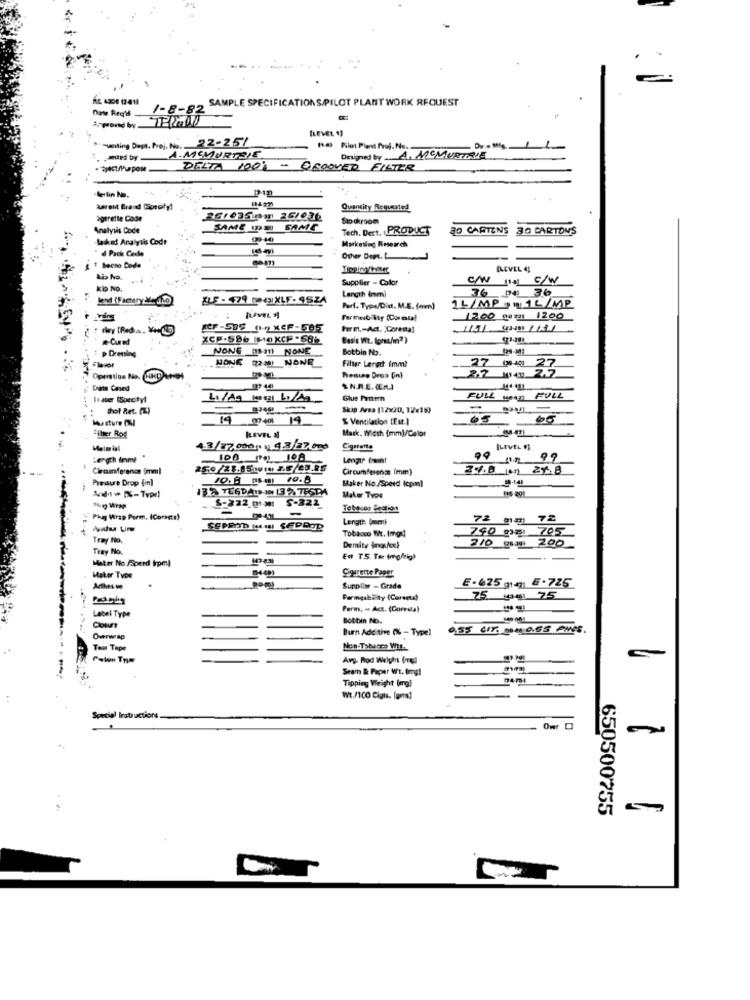
SAMPLE SPECIFICATIONS PILOT PLANT WORK REQUEST
Dante Req'd
1-8-82
[LEVEL 1]
-uiting Dept. Prej. No. 22-25/
22-257
14 Pilot Pient Proj. No.
.mited by-
A.MEMURTZIE
Designed by A. MEMURTALE
DELTA 100% - ESCOVER FILTER
Berlin No.
kerent Brand (orcity!
Quantity Requested
agerette Code
2610350m 26/036
Sto okroom
Analysis Code
SAME IDE SAME
Tech. Dert, PRODUCT
BO CARTENS
30 CARTONS
lasket Analysis Code
d Pack Cede
Marketing Research
Other Dept.L
LEVEL 4]
kis No.
Supplier - Color
C/W ng C/W
kip No.
Length (nm)
36 D4 36
lend (Factory &. io)
BLE - 79 NOIXLF - 4524
Perf. Type/Did. M.E. (am)
1L/MP.11L/MP
[LAVEL $)
Fermeibility (Con olaf
1200 go :) 1200
KF-505 0XCF-595
Per m .- Act. )Corestal
JEGmap1
.- Cured
XCP.596 MO XCF-662
Basis Vit. (orss/m2 )
: p Dressing
NONG (1521) NONE
Botbin No.
HONE (2-4) NONE
Filter Lerød: imm!
27
po 400 33
Operstics No. HHD
2.2 (140 2.7
Date Cased
SN.R.E. Cna
Issoer (Specityl
Glue Partern
FULL woon FULL
thol Ret. (1)
Skip Area [12x20, 12<15)
-
Mussture DU
19 8740
14
% Ventilacion [Eur.]
05
. -
Mask, Weth [mm]/Calor
Filter Rod
ILEVEL 3
4.3/87.006 . 9.3 27 000
Cigarette
Length immi "
Lengte fnmt
00
99
Circunferenca immi
259/28.05:014 2.5/20.85
Circumference (mm)
Pressure Drop (in)
Maker No/Speed (cpm)
Andav %-Type)
138 TEGDAI- 13776604
116-201
Maker Type
$-222 01M: $-321
-
Tobacco Section
Phyj Wrap Parm. (Corects)
Length Omml
72 (im) 72
SEPROD (4 SEPDOR
Tobacco Wr. Impri
790 cz 705
Tray No.
210 gsag: 200
Teay No.
Demity Ings/cx
Mater No ASperd trpmt
-
En TS. Tar img/righ
Soustte Paper
Maker Type
E-625 (E .725
-
gom
Suppliwe - Grade
Permeability (Corenta)
75. 441 75
Label Type
Perm, - Act. (Corrital
Botbin No.
Court
Burn Adc tive (% - Type)
9.55 CIT po0 065 PICS.
Owrap
-
-
Tom Tape
Non-Tabeors Wit.
Palon Trym
Avg- Rod Weight (mg)
-
Seam & Paper Wt. Img!
Tipping Weight (mg)
Wt./100 Cigis. (gm)
Special Instructions.
Ow: D
650500755